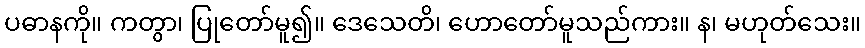
ပဓာနကို။ ကတွာ၊ ပြုတော်မူ၍။ ဒေသေတိ၊ ဟောတော်မူသည်ကား။ န၊ မဟုတ်သေး။